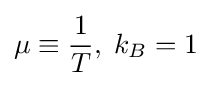
\mu \equiv {\frac {1}{T}},\;k_{B}=1